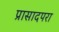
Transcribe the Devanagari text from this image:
प्रासादपरा